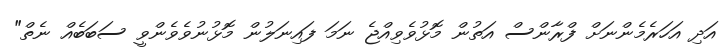
އަދި އަހަރެމެންނަށް ފްރާންސް އަތުން މޮޅުވެވިއްޖެ ނަމަ ފައިނަލުން މޮޅުނުވެވެންވީ ސަބަބެއް ނެތް"